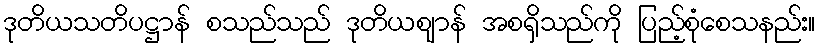
ဒုတိယသတိပဋ္ဌာန် စသည်သည် ဒုတိယဈာန် အစရှိသည်ကို ပြည့်စုံစေသနည်း။